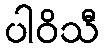
ပါဝိသီ